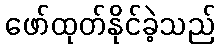
ဖော်ထုတ်နိုင်ခဲ့သည်